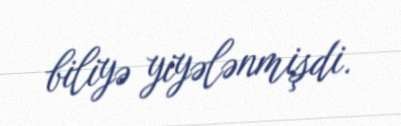
biliyə yiyələnmişdi.